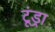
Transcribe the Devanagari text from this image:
टूंड्रा